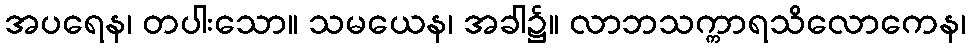
အပရေန၊ တပါးသော။ သမယေန၊ အခါ၌။ လာဘသက္ကာရသိလောကေန၊